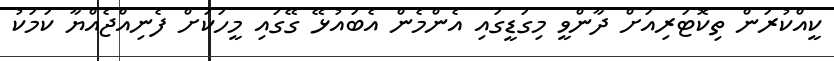
ކީއްކުރަން ތިކޮޓަރިއަށް ދާންވީ މިގަޑީގައި އެންމެން އެބައުޅޭ ގޭގައި މީހަކަށް ފެނިއްޖެއްޔާ ކަމަކު